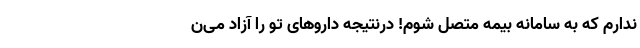
ندارم که به سامانه بیمه متصل شوم! درنتیجه داروهای تو را آزاد می‌ن